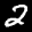
Label: 2